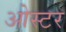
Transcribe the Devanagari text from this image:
ओस्टर